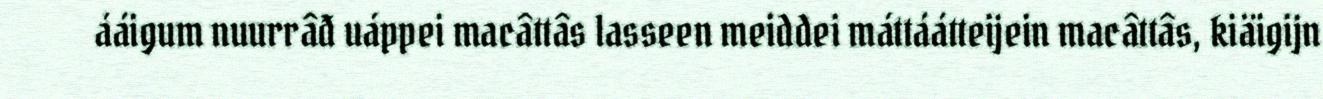
ááigum nuurrâđ uáppei macâttâs lasseen meiddei máttáátteijein macâttâs, kiäigijn